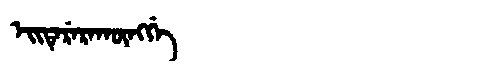
Manchu: ᡝᡳᡨᡝᡵᡝᡵᠠᡴᡡᠩᡤᡝ
Romanization: EITERERAKŪNGGE